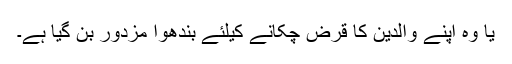
یا وہ اپنے والدین کا قرض چکانے کیلئے بندھوا مزدور بن گیا ہے۔